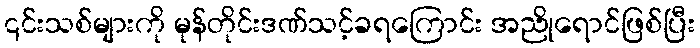
၎င်းသစ်များကို မုန်တိုင်းဒဏ်သင့်ခရကြောင်း အညိုရောင်ဖြစ်ပြီး